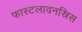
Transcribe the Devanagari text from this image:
फास्टलावनस्रिस